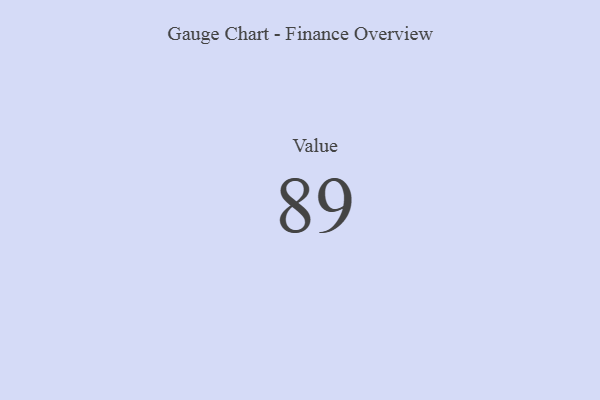
{"axis": {"x": "Metric", "y": "Value"}, "legend": [""], "data": [{"x": "Value", "y": 89, "type": ""}]}